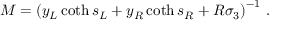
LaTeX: M = \left( y _ { L } \coth s _ { L } + y _ { R } \coth s _ { R } + R \sigma _ { 3 } \right) ^ { - 1 } \, .